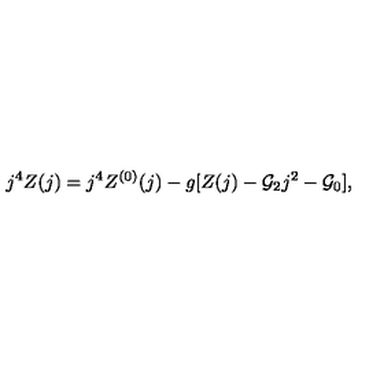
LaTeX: j ^ { 4 } Z ( j ) = j ^ { 4 } Z ^ { ( 0 ) } ( j ) - g [ Z ( j ) - { \cal G } _ { 2 } j ^ { 2 } - { \cal G } _ { 0 } ] ,